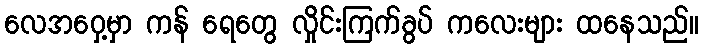
လေအဝှေ့မှာ ကန် ရေတွေ လှိုင်းကြက်ခွပ် ကလေးများ ထနေသည်။